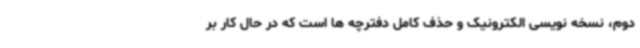
دوم، نسخه نویسی الکترونیک و حذف کامل دفترچه ها است که در حال کار بر